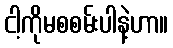
ငါ့ကိုမစစမ်းပါနဲ့ဟာ။